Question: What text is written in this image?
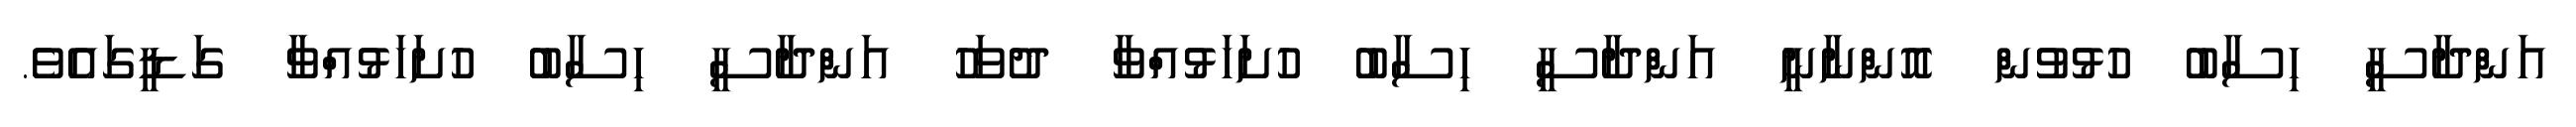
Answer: އަންދާސީ ހިސާބު ހުޅުވުން އޮންނާނީ އަންދާސީ ހިސާބު ހުށަހަޅުއްވާ ދުވަހު އަންދާސީ ހިސާބު ހުށަހަޅުއްވާ ގަޑީގައެވެ.